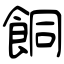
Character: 餇